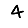
Digit: 4